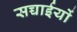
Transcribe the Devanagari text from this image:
सच्चाईयों